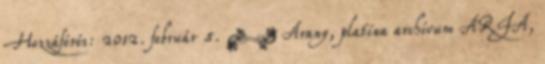
Hozzáférés: 2012. február 5. ↑ Arany, platina archívum ARIA,